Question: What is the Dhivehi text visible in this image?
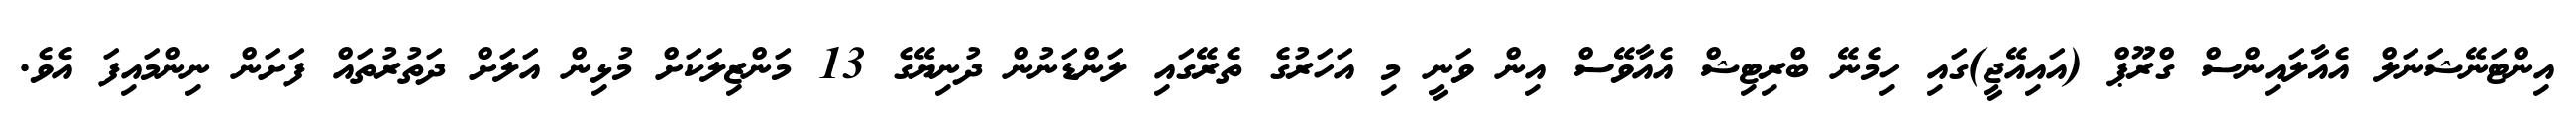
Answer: އިންޓަނޭޝަނަލް އެއާލައިންސް ގްރޫޕް (އައިއޭޖީ)ގައި ހިމެނޭ ބްރިޓިޝް އެއާވޭސް އިން ވަނީ މި އަހަރުގެ ތެރޭގައި ލަންޑަނުން ދުނިޔޭގެ 13 މަންޒިލަކަށް މުޅިން އަލަށް ދަތުރުތައް ފަށަން ނިންމައިފަ އެވެ.